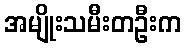
အမျိုးသမီးတဦးက